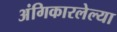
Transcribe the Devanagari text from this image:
अंगिकारलेल्या